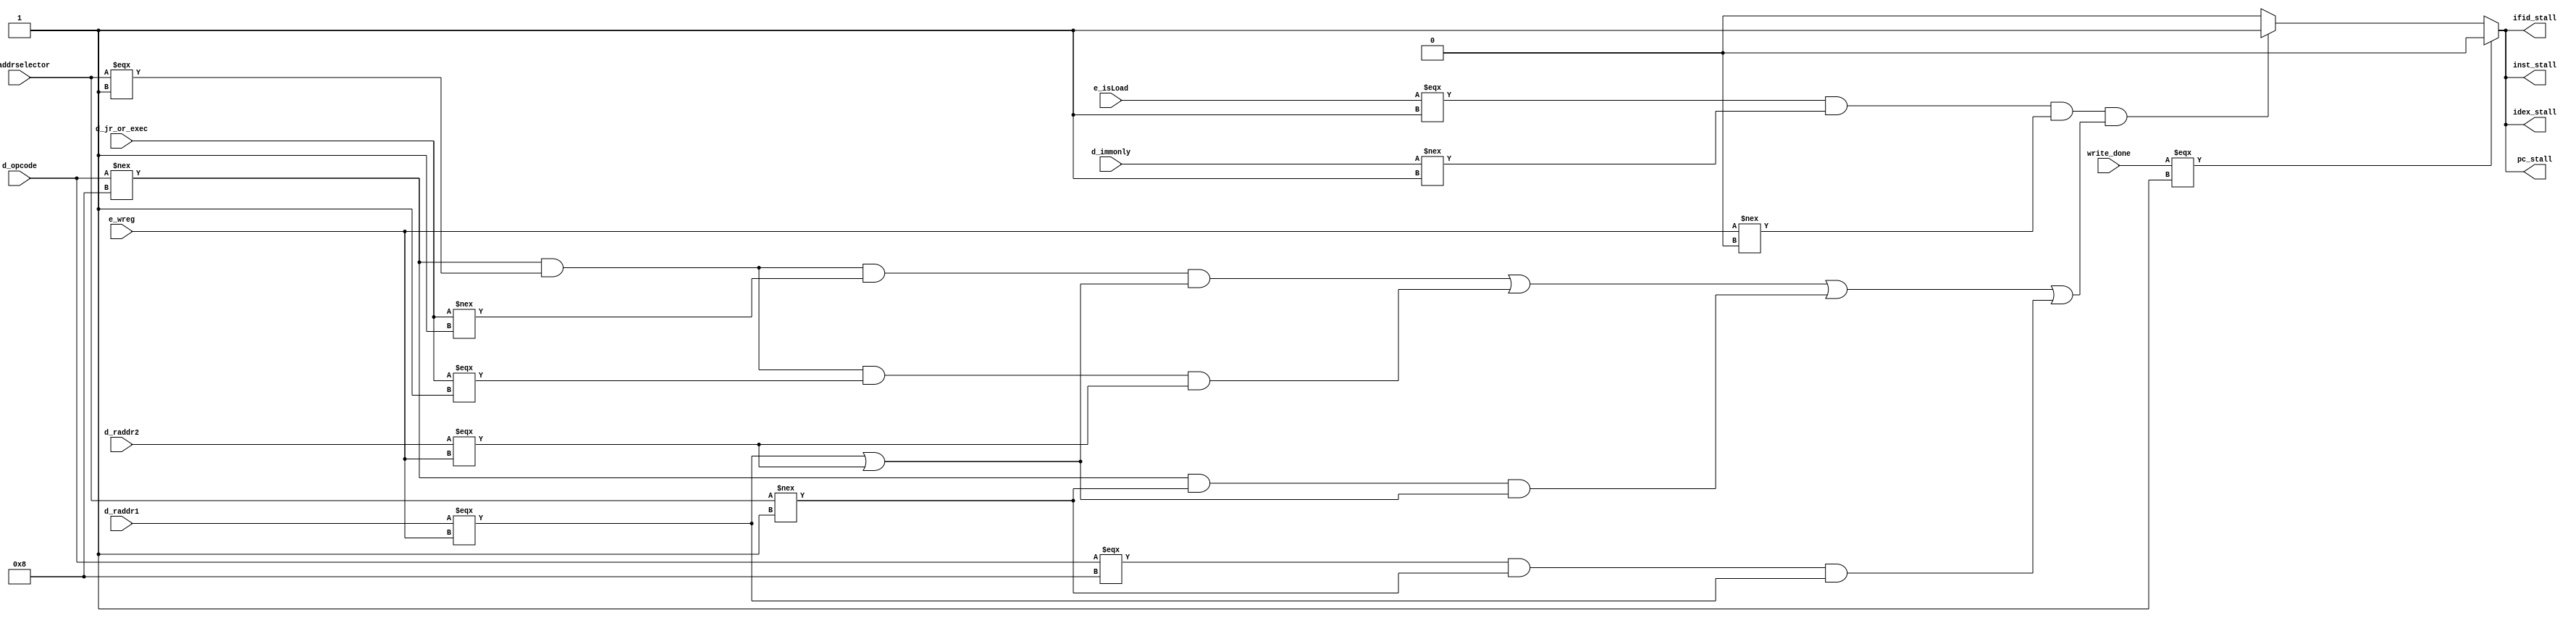
module hdUnit(
  d_raddr1, d_raddr2, d_addrselector, d_jr_or_exec, d_immonly, d_opcode, e_isLoad, e_wreg, 
  //nop_alu_stall, nop_lw_stall, nop_sw_stall,  // this doesn't seem to be required for this
  pc_stall, ifid_stall, idex_stall, inst_stall,
  write_done
);
// d_addrselector is lhb_llb_regcon, it gives addr fof [11:8] in raddr2 when 1 OR [7:4] in raddr2 when 0
// jal or exec is jal || exec
// ! (jal || exec) will indicate sw instruction
// d_immonly is 1 for instructions which only use immediates or offsets and don't need to be stalled
input [3:0] d_raddr1;
input [3:0] d_raddr2;
input d_addrselector;
input d_jr_or_exec;
input d_immonly;
input [3:0] d_opcode;
input e_isLoad;
input [3:0] e_wreg;
input write_done;
output pc_stall;
output ifid_stall; 
output idex_stall;
output inst_stall;

//reg [1:0] stallCount;

/*always @ (*)
begin
  stallCount = (e_isLoad===1'b1 && d_immonly!==1'b1 && (
(d_addrselector===1'b1 && d_jr_or_exec!==1'b1 && (d_raddr1===e_wreg || d_raddr2===e_wreg)) ||//Check if instr in d is sw and whether it needs a stall
(d_addrselector===1'b1 && d_jr_or_exec===1'b1 && (d_raddr2===e_wreg)) || // JR or exec
(d_addrselector!==1'b1 && (d_raddr1===e_wreg || d_raddr2===e_wreg))
)) ? 2'b111 :  stallCount;
  if(stallCount>3'b00) begin
    pc_stall_temp = 1'b1;
    ifid_stall_temp = 1'b1;
  stallCount = stallCount-1'b1;
  end
  else begin
    pc_stall_temp = 1'b0;
    ifid_stall_temp = 1'b0;
  end  
end*/
/*wire temp_r1_w;
assign temp_r1_w = (d_raddr1===e_wreg);
assign pc_stall = (write_done === 1'b1)? 1'b0 :(e_isLoad===1'b1 && d_immonly!==1'b1 && e_wreg!==4'b000 && (
(temp_r1_w===1'b1) // load
)) ? 1'b1 : 1'b0;
assign ifid_stall = (write_done === 1'b1)? 1'b0 :(e_isLoad===1'b1 && d_immonly!==1'b1 && e_wreg!==4'b000 && (
(temp_r1_w===1'b1) // load
)) ? 1'b1 : 1'b0;
assign idex_stall = (write_done === 1'b1)? 1'b0 :(e_isLoad===1'b1 && d_immonly!==1'b1 && e_wreg!==4'b000 && (
(temp_r1_w===1'b1) // load
)) ? 1'b1 : 1'b0;*/

assign pc_stall = (write_done === 1'b1)? 1'b0 :(e_isLoad===1'b1 && d_immonly!==1'b1 && e_wreg!==4'b000 && (
(d_opcode!==4'b1000 && d_addrselector===1'b1 && d_jr_or_exec!==1'b1 && (d_raddr1===e_wreg || d_raddr2===e_wreg)) ||//Check if instr in d is sw and whether it needs a stall
(d_opcode!==4'b1000 && d_addrselector===1'b1 && d_jr_or_exec===1'b1 && (d_raddr2===e_wreg)) || // JR or exec
(d_opcode!==4'b1000 && d_addrselector!==1'b1 && (d_raddr1===e_wreg || d_raddr2===e_wreg)) || // arith
(d_opcode===4'b1000 && d_addrselector!==1'b1 && d_raddr1===e_wreg) // load
)) ? 1'b1 : 1'b0;
assign ifid_stall = (write_done === 1'b1)? 1'b0 :(e_isLoad===1'b1 && d_immonly!==1'b1 && e_wreg!==4'b000 && (
(d_opcode!==4'b1000 && d_addrselector===1'b1 && d_jr_or_exec!==1'b1 && (d_raddr1===e_wreg || d_raddr2===e_wreg)) ||//Check if instr in d is sw and whether it needs a stall
(d_opcode!==4'b1000 && d_addrselector===1'b1 && d_jr_or_exec===1'b1 && (d_raddr2===e_wreg)) || // JR or exec
(d_opcode!==4'b1000 && d_opcode!==4'b1000 && d_addrselector!==1'b1 && (d_raddr1===e_wreg || d_raddr2===e_wreg)) || // arith
(d_opcode===4'b1000 && d_addrselector!==1'b1 && d_raddr1===e_wreg) // load
)) ? 1'b1 : 1'b0;
assign idex_stall = (write_done === 1'b1)? 1'b0 :(e_isLoad===1'b1 && d_immonly!==1'b1 && e_wreg!==4'b000 && (
(d_opcode!==4'b1000 && d_addrselector===1'b1 && d_jr_or_exec!==1'b1 && (d_raddr1===e_wreg || d_raddr2===e_wreg)) ||//Check if instr in d is sw and whether it needs a stall
(d_opcode!==4'b1000 && d_addrselector===1'b1 && d_jr_or_exec===1'b1 && (d_raddr2===e_wreg)) || // JR or exec
(d_opcode!==4'b1000 && d_addrselector!==1'b1 && (d_raddr1===e_wreg || d_raddr2===e_wreg)) || // arith
(d_opcode===4'b1000 && d_addrselector!==1'b1 && d_raddr1===e_wreg) // load
)) ? 1'b1 : 1'b0;
assign inst_stall = (write_done === 1'b1)? 1'b0 :(e_isLoad===1'b1 && d_immonly!==1'b1 && e_wreg!==4'b000 && (
(d_opcode!==4'b1000 && d_addrselector===1'b1 && d_jr_or_exec!==1'b1 && (d_raddr1===e_wreg || d_raddr2===e_wreg)) ||//Check if instr in d is sw and whether it needs a stall
(d_opcode!==4'b1000 && d_addrselector===1'b1 && d_jr_or_exec===1'b1 && (d_raddr2===e_wreg)) || // JR or exec
(d_opcode!==4'b1000 && d_addrselector!==1'b1 && (d_raddr1===e_wreg || d_raddr2===e_wreg)) || // arith
(d_opcode===4'b1000 && d_addrselector!==1'b1 && d_raddr1===e_wreg) // load
)) ? 1'b1 : 1'b0;

/// NOP also has to sent through the whole pipeline 3 times

endmodule